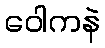
ဝေါကနဲ